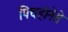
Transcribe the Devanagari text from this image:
पिचहोनेसे